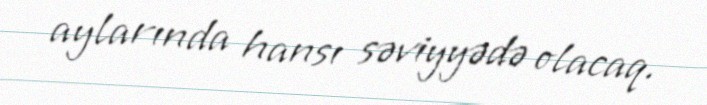
aylarında hansı səviyyədə olacaq.